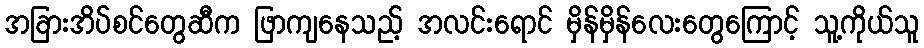
အခြားအိပ်စင်တွေဆီက ဖြာကျနေသည့် အလင်းရောင် မှိန်မှိန်လေးတွေကြောင့် သူ့ကိုယ်သူ